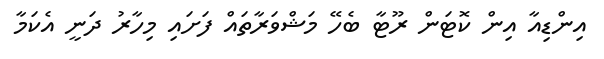
އިންޑިއާ އިން ކޮޓަން ރޫޓާ ބެހޭ މަޝްވަރާތައް ފަށައި މިހާރު ދަނީ އެކަމާ